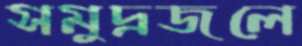
সমুদ্রজলে